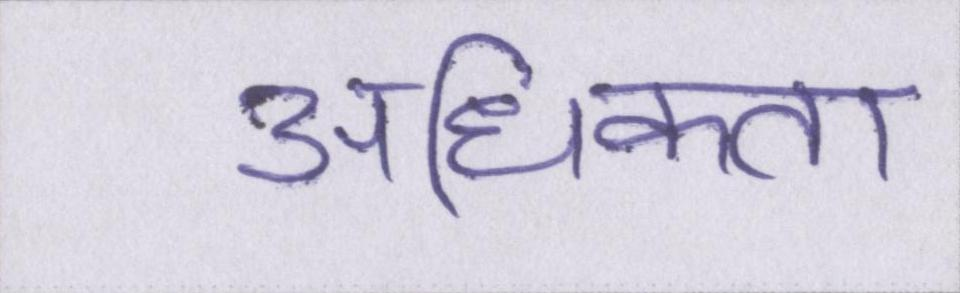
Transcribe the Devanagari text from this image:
अधिकता